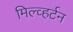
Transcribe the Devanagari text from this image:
मिल्व्हर्टन